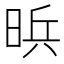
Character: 𱢄